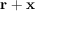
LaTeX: \mathbf { r } + \mathbf { x }